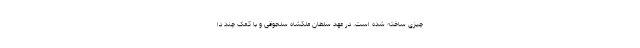
چیزی ساخته شده‌ است. در عهد سلطان مَلِکشاه سلجوقی و با کمک چند دا